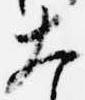
大